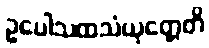
ဥပေါသထသံယုတ္တေတိ